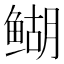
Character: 𬶞